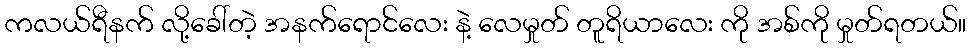
ကလယ်ရီနက် လို့ခေါ်တဲ့ အနက်ရောင်လေး နဲ့ လေမှုတ် တူရိယာလေး ကို အစ်ကို မှုတ်ရတယ်။